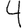
Digit: 4